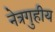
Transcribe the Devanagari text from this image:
नेत्रगुहीय